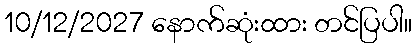
10/12/2027 နောက်ဆုံးထား တင်ပြပါ။